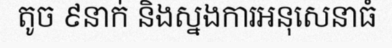
តូច ៩នាក់ និងស្នងការអនុសេនាធំ